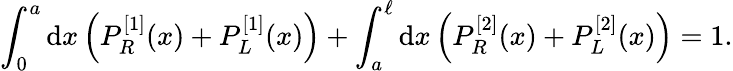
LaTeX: \int_{0}^{a}\mathrm{d}x\left(P_{R}^{[1]}(x)+P_{L}^{[1]}(x)\right)+\int_{a}^{\ell}\mathrm{d}x\left(P_{R}^{[2]}(x)+P_{L}^{[2]}(x)\right)=1.